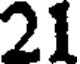
21